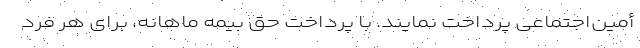
أمین‌اجتماعی پرداخت نمایند. با پرداخت حق بیمه ماهانه، برای هر فرد